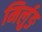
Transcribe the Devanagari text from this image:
मिर्लुङ